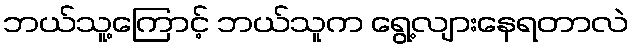
ဘယ်သူ့ကြောင့် ဘယ်သူက ရွေ့လျားနေရတာလဲ